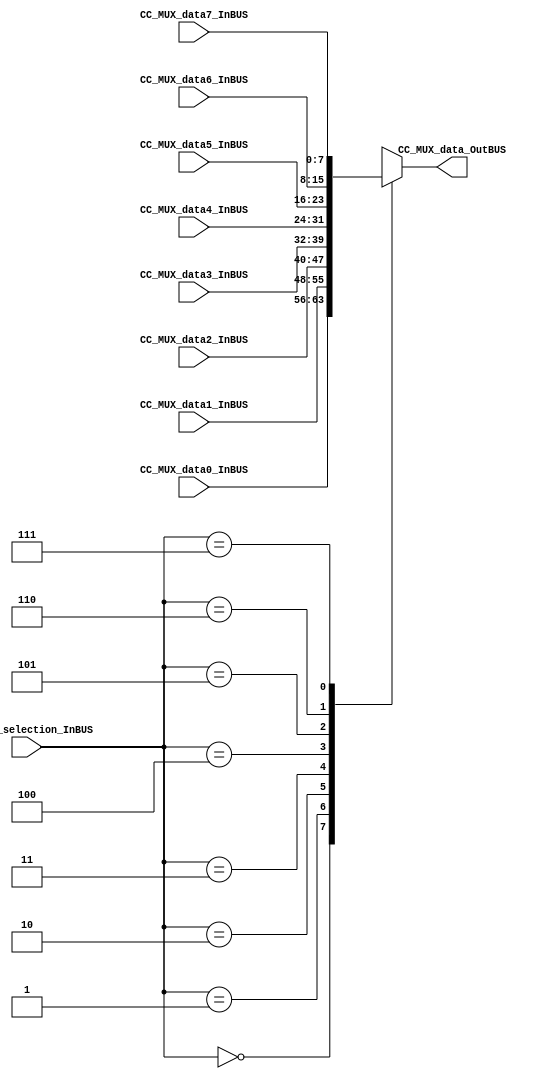
/*######################################################################
//#	G0B1T: HDL EXAMPLES. 2018.
//######################################################################
//# Copyright (C) 2018. F.E.Segura-Quijano (FES) fsegura@uniandes.edu.co
//# 
//# This program is free software: you can redistribute it and/or modify
//# it under the terms of the GNU General Public License as published by
//# the Free Software Foundation, version 3 of the License.
//#
//# This program is distributed in the hope that it will be useful,
//# but WITHOUT ANY WARRANTY; without even the implied warranty of
//# MERCHANTABILITY or FITNESS FOR A PARTICULAR PURPOSE.  See the
//# GNU General Public License for more details.
//#
//# You should have received a copy of the GNU General Public License
//# along with this program.  If not, see <http://www.gnu.org/licenses/>
//####################################################################*/
//=======================================================
//  MODULE Definition
//=======================================================
module CC_MUXX #(parameter DATAWIDTH_MUX_SELECTION=3, parameter DATAWIDTH_BUS=8)(
	//////////// OUTPUTS //////////
	CC_MUX_data_OutBUS,
	//////////// INPUTS //////////
	CC_MUX_data0_InBUS,
	CC_MUX_data1_InBUS,
	CC_MUX_data2_InBUS,	
	CC_MUX_data3_InBUS,	
	CC_MUX_data4_InBUS,	
	CC_MUX_data5_InBUS,	
	CC_MUX_data6_InBUS,	
	CC_MUX_data7_InBUS,	
	CC_MUX_selection_InBUS
);
//=======================================================
//  PARAMETER declarations
//=======================================================

//=======================================================
//  PORT declarations
//=======================================================
output reg	[DATAWIDTH_BUS-1:0] CC_MUX_data_OutBUS;
input			[DATAWIDTH_BUS-1:0] CC_MUX_data0_InBUS;
input			[DATAWIDTH_BUS-1:0] CC_MUX_data1_InBUS;
input			[DATAWIDTH_BUS-1:0] CC_MUX_data2_InBUS;
input			[DATAWIDTH_BUS-1:0] CC_MUX_data3_InBUS;	
input			[DATAWIDTH_BUS-1:0] CC_MUX_data4_InBUS;
input			[DATAWIDTH_BUS-1:0] CC_MUX_data5_InBUS;
input			[DATAWIDTH_BUS-1:0] CC_MUX_data6_InBUS;
input			[DATAWIDTH_BUS-1:0] CC_MUX_data7_InBUS;
input			[DATAWIDTH_MUX_SELECTION-1:0] CC_MUX_selection_InBUS;
//=======================================================
//  REG/WIRE declarations
//=======================================================

//=======================================================
//  Structural coding
//=======================================================
//INPUT LOGIC: COMBINATIONAL
always@(*)
begin
	case (CC_MUX_selection_InBUS)	
	// Example to more outputs: WaitStart: begin sResetCounter = 0; sCuenteUP = 0; end
		3'b000: CC_MUX_data_OutBUS = CC_MUX_data0_InBUS;
		3'b001: CC_MUX_data_OutBUS = CC_MUX_data1_InBUS;
		3'b010: CC_MUX_data_OutBUS = CC_MUX_data2_InBUS;
		3'b011: CC_MUX_data_OutBUS = CC_MUX_data3_InBUS;
		3'b100: CC_MUX_data_OutBUS = CC_MUX_data4_InBUS;
		3'b101: CC_MUX_data_OutBUS = CC_MUX_data5_InBUS;
		3'b110: CC_MUX_data_OutBUS = CC_MUX_data6_InBUS;
		3'b111: CC_MUX_data_OutBUS = CC_MUX_data7_InBUS;
		default :   CC_MUX_data_OutBUS = CC_MUX_data0_InBUS; // channel 0 is selected 
	endcase
end
//=======================================================
//  Outputs
//=======================================================
// OUTPUT LOGIC : COMBINATIONAL

endmodule